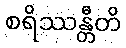
စရိဿန္တီတိ